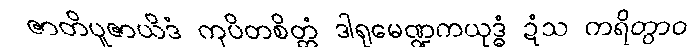
ဇာတိပူဇာယိဒံ ကုပိတစိတ္တံ ဒါရုမေဏ္ဍကယုဒ္ဓံ ဍံသ ကရိတွာဝ